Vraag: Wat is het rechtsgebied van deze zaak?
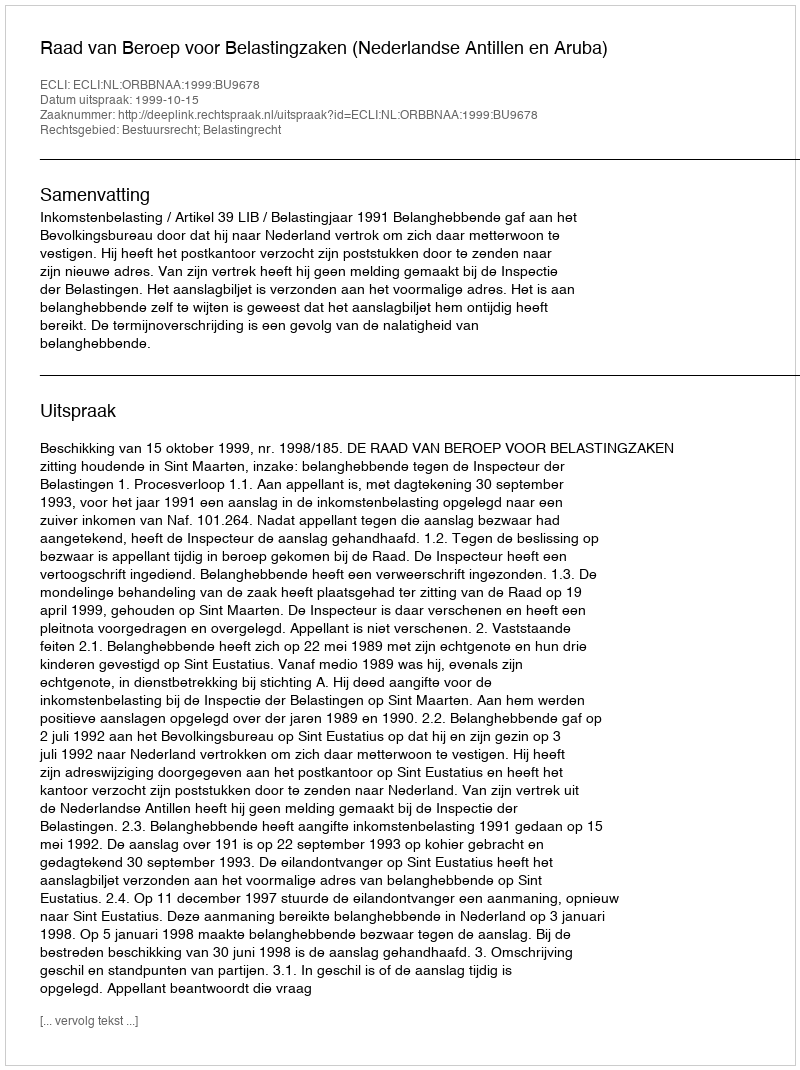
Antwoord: Bestuursrecht; Belastingrecht